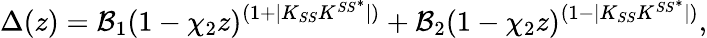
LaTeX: \Delta(z)={\cal B}_{1}(1-\chi_{2}z)^{(1+|K_{SS}K^{SS^{*}}|)}+{\cal B}_{2}(1-\chi_{2}z)^{(1-|K_{SS}K^{SS^{*}}|)},